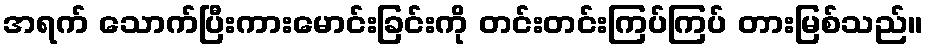
အရက် သောက်ပြီးကားမောင်းခြင်းကို တင်းတင်းကြပ်ကြပ် တားမြစ်သည်။